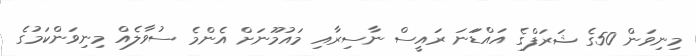
މިނިވަން 50ގެ ޝަރަފްގެ އައްޑަަނަ ރައީސް ނާސިރާއި މައުމޫނަށް އެންމެ ސުވާލެއް މިނިވަންކަމުގެ